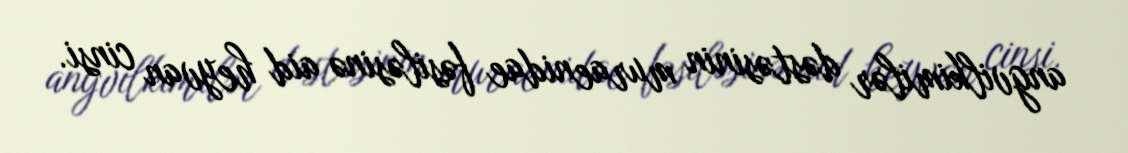
angvilkimilər dəstəsinin muraenidae fəsiləsinə aid heyvan cinsi.